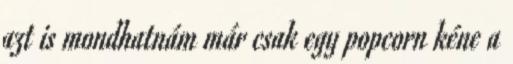
azt is mondhatnám már csak egy popcorn kéne a